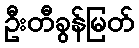
ဦးတီခွန်မြတ်